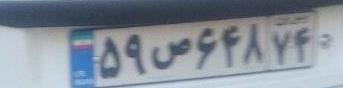
۵۹ص۶۴۸۷۴